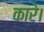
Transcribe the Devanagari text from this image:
कारे।